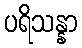
ပရိသန္နာ